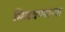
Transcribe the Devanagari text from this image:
मिळवण्याऱ्या